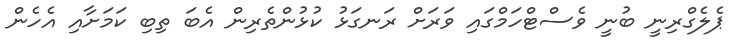
ޕެލެގްރިނީ ބުނީ ވެސްޓްހަމްގައި ވަރަށް ރަނގަޅު ކުޅުންތެރިން އެބަ ތިބި ކަމަށާއި އެހެން